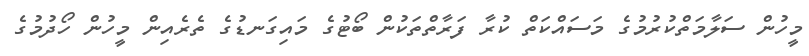
މީހުން ސަލާމަތްކުރުމުގެ މަސައްކަތް ކުރާ ފަރާތްތަކުން ބޯޓުގެ މައިގަނޑުގެ ތެރެއިން މީހުން ހޯދުމުގެ